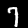
Digit: 7